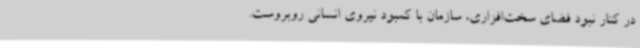
در کنار نبود فضای سخت‌افزاری، سازمان با کمبود نیروی انسانی روبروست.